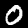
Label: 0